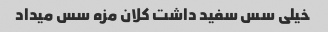
خیلی سس سفید داشت کلان مزه سس میداد